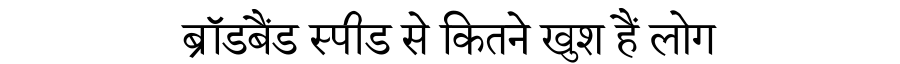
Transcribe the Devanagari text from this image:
ब्रॉडबैंड स्पीड से कितने खुश हैं लोग